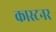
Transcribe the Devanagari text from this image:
कास्टनर